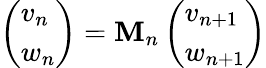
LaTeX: \left(\begin{array}{l}{v_{n}}\\ {w_{n}}\end{array}\right)=\mathbf{M}_{n}\left(\begin{array}{l}{v_{n+1}}\\ {w_{n+1}}\end{array}\right)